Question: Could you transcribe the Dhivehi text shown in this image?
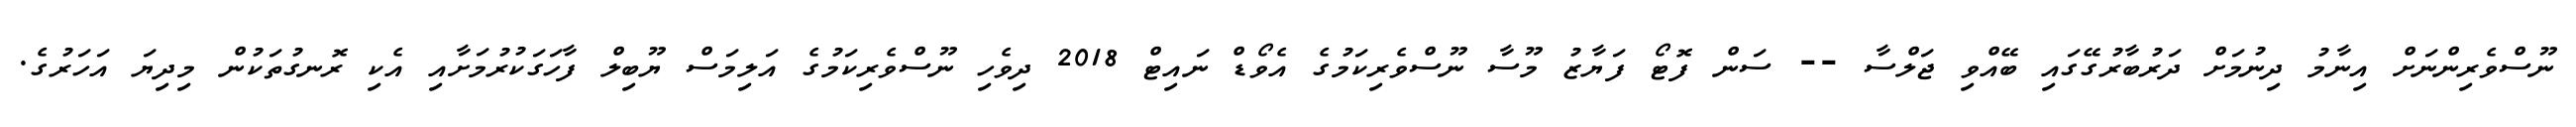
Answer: ނޫސްވެރިންނަށް އިނާމު ދިނުމަށް ދަރުބާރުގޭގައި ބޭއްވި ޖަލްސާ -- ސަން ފޮޓޯ ފަޔާޒު މޫސާ ނޫސްވެރިކަމުގެ އެވޯޑް ނައިޓް 2018 ދިވެހި ނޫސްވެރިކަމުގެ އަލިމަސް ޔޫބިލް ފާހަގަކުރުމަށާއި އެކި ރޮނގުތަކުން މިދިޔަ އަހަރުގެ.